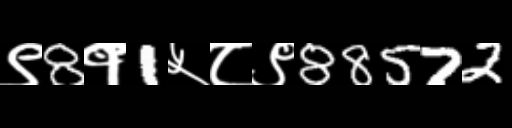
Text: ९8१1५८९88572